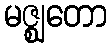
မဇ္ဈတော